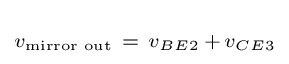
\scriptstyle v_{\text{mirror out}}~=~v_{BE2}\,+\,v_{CE3}